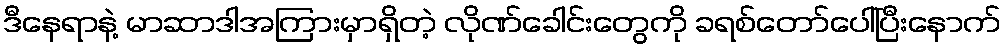
ဒီနေရာနဲ့ မာဆာဒါအကြားမှာရှိတဲ့ လိုဏ်ခေါင်းတွေကို ခရစ်တော်ပေါ်ပြီးနောက်